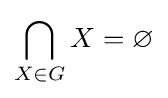
\bigcap _{X\in G}X=\varnothing